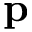
\mathbf { p }